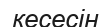
кесесін